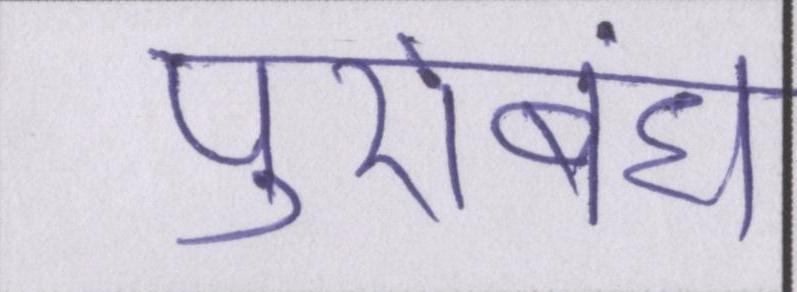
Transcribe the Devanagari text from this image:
पुरोबंध